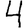
Digit: 4